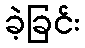
ခဲ့ခြင်း